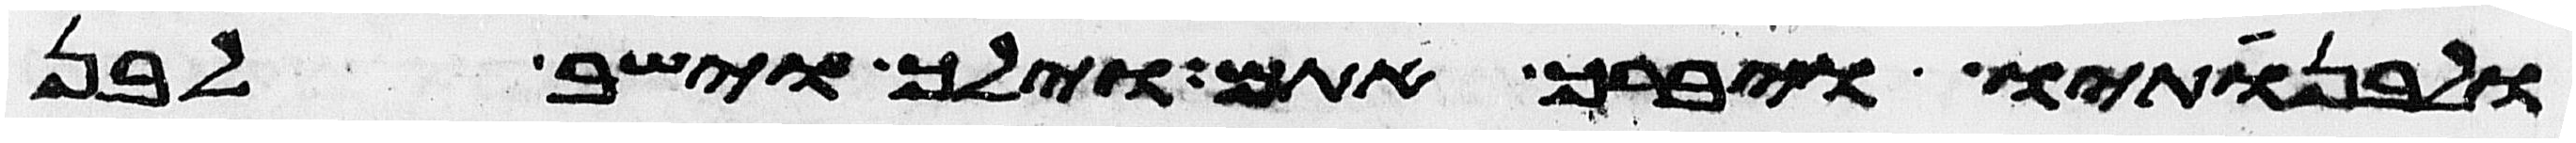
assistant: ולבנתיו ויברך אתם וילך וישב לבן